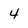
Character: 4